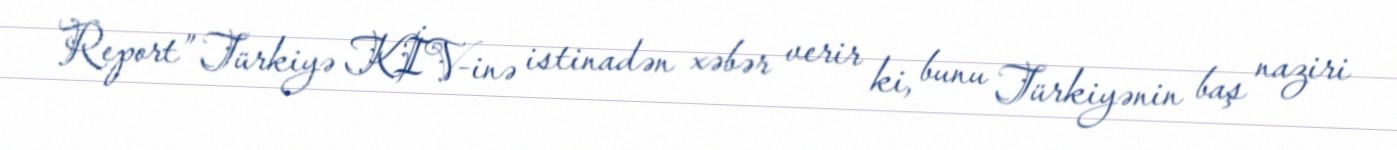
Report” Türkiyə KİV-inə istinadən xəbər verir ki, bunu Türkiyənin baş naziri